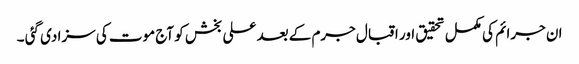
ان جرائم کی مکمل تحقیق اور اقبال جرم کے بعد علی بخش کو آج موت کی سزا دی گئی ۔